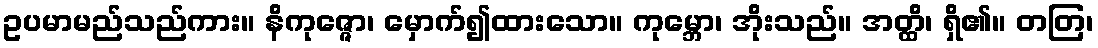
ဥပမာမည်သည်ကား။ နိကုဇ္ဇော၊ မှောက်၍ထားသော။ ကုမ္ဘော၊ အိုးသည်။ အတ္ထိ၊ ရှိ၏။ တတြ၊